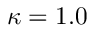
\kappa = 1 . 0